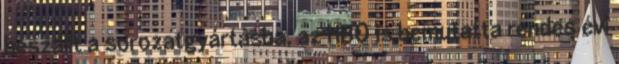
beszállt a sorozatgyártásba, az HBO is bemutatta rendes évi